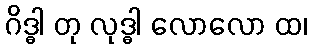
ဂိဒ္ဓါ တု လုဒ္ဓါ လောလော ထ၊